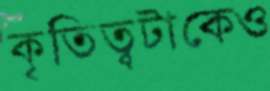
কৃতিত্বটাকেও